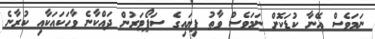
ނަމަވެސް އޭނާ ކުޑަކޮށް ނަމަވެސް ވާތު ފިޔައިގެ ސަޕޯޓަރުން ދައްކާނެ ވާހަކައަކާއި ކުރާނެ